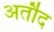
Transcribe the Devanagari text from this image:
अर्तौद